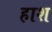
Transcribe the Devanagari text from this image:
हाश